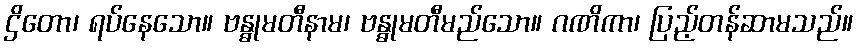
ဌိတော၊ ရပ်နေသော။ ဗန္ဓုမတီနာမ၊ ဗန္ဓုမတီမည်သော။ ဂဏိကာ၊ ပြည့်တန်ဆာမသည်။